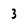
Character: 3